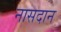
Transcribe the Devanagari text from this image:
नासदान